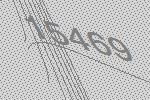
15469